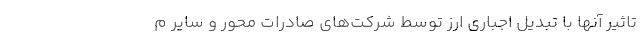
تاثیر آنها با تبدیل اجباری ارز توسط شرکت‌های صادرات محور و سایر م